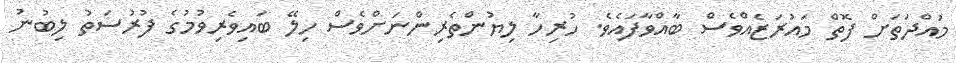
މުއްދަތަށް ފޮތް މައުރަޒެއްވެސް ބާއްވާފައެވެ. ހުރިހާ ލިޔުންތެރިންނަށްވެސް ހިލޭ ބައިވެރިވުމުގެ ފުރުސަތު ލިބުނު